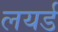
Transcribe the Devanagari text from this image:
लयर्ड